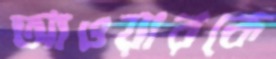
আওয়ারকে